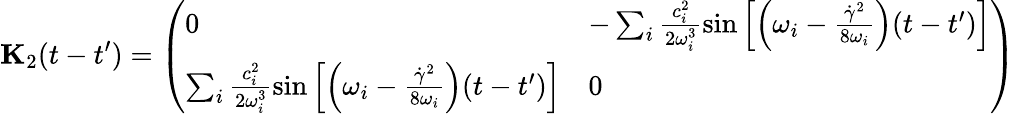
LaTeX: \mathbf{{K}}_{2}(t-t^{\prime})=\left(\begin{array}{ll}{0}&{-\sum_{i}\frac{c_{i}^{2}}{2\omega_{i}^{3}}\sin\left[\Bigl(\omega_{i}-\frac{\dot{\gamma}^{2}}{8\omega_{i}}\Bigr)(t-t^{\prime})\right]}\\ {\sum_{i}\frac{c_{i}^{2}}{2\omega_{i}^{3}}\sin\left[\Bigl(\omega_{i}-\frac{\dot{\gamma}^{2}}{8\omega_{i}}\Bigr)(t-t^{\prime})\right]}&{0}\end{array}\right)